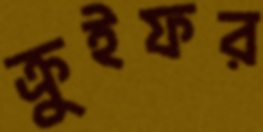
ক্রুইফর